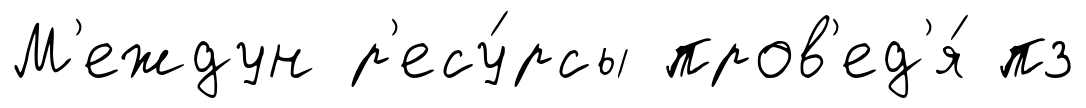
М'еждун р'есу́рсы пров'ед'я́ пз